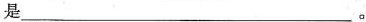
是___。